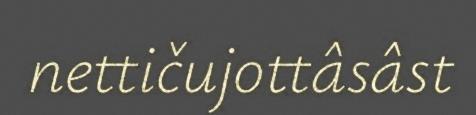
nettičujottâsâst